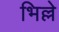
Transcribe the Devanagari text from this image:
भिल्ले